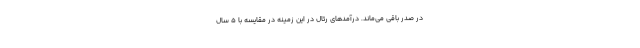
در صدر باقی می‌ماند. درآمدهای رئال در این زمینه در مقایسه با 5 سال